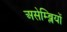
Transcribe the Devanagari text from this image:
असेम्ब्लियों